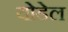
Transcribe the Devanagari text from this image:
योडेल